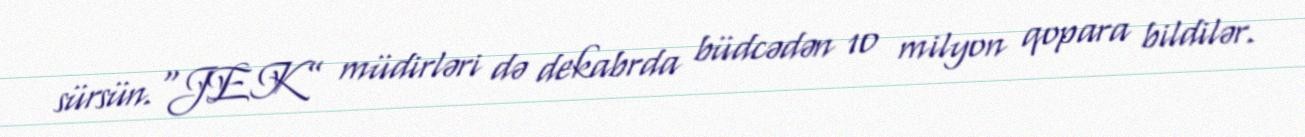
sürsün.“JEK” müdirləri də dekabrda büdcədən 10 milyon qopara bildilər.